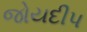
જોયદીપ